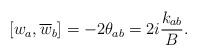
LaTeX: \begin{align*}\left[ w_{a},\overline{w}_{b}\right] =-2\theta _{ab}=2i\frac{k_{ab}}{B}.\end{align*}